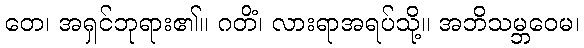
တေ၊ အရှင်ဘုရား၏။ ဂတိံ၊ လားရာအရပ်သို့။ အဘိသမ္ဘဝေမ၊